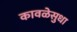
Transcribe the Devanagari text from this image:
कावळेसुधा